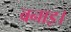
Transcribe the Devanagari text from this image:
बनाइ।